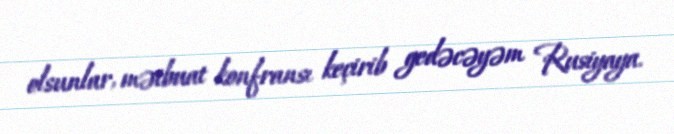
olsunlar, mətbuat konfransı keçirib gedəcəyəm Rusiyaya.